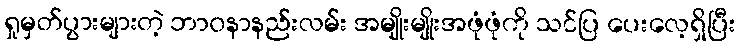
ရှုမှတ်ပွားများတဲ့ ဘာဝနာနည်းလမ်း အမျိုးမျိုးအဖုံဖုံကို သင်ပြ ပေးလေ့ရှိပြီး